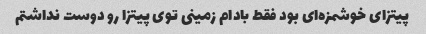
پیتزای خوشمزه‌ای بود فقط بادام زمینی توی پیتزا رو دوست نداشتم